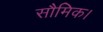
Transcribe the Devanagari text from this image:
सौमिक।